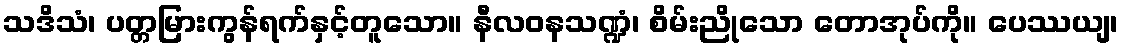
သဒိသံ၊ ပတ္တမြားကွန်ရက်နှင့်တူသော။ နီလဝနသဏ္ဍံ၊ စိမ်းညိုသော တောအုပ်ကို။ ပေဿယျ၊